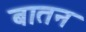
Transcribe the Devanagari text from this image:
बातन